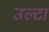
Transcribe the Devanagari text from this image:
उल्‍टा